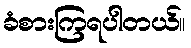
ခံစားကြရပါတယ်။